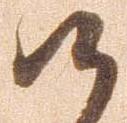
候